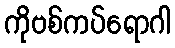
ကိုဗစ်ကပ်ရောဂါ